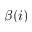
\beta ( i )